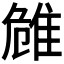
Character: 𨾼